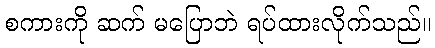
စကားကို ဆက် မပြောဘဲ ရပ်ထားလိုက်သည်။